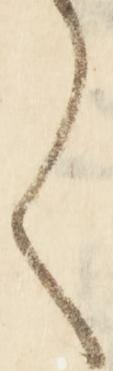
く